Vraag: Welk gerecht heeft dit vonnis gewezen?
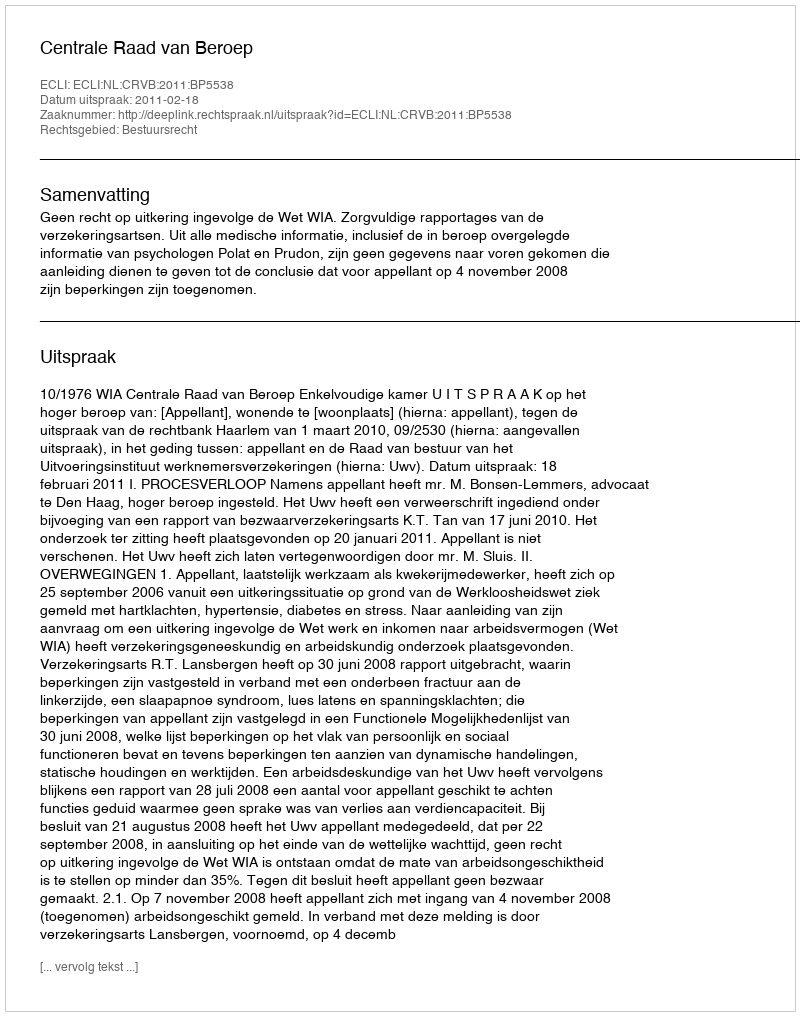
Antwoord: Centrale Raad van Beroep